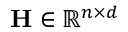
\mathbf { H } \in \mathbb { R } ^ { n \times d }